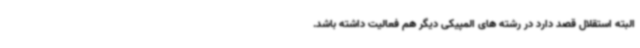
البته استقلال قصد دارد در رشته های المپیکی دیگر هم فعالیت داشته باشد.